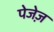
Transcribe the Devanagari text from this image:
पेजेज़